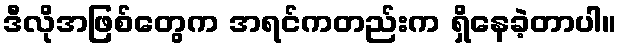
ဒီလိုအဖြစ်တွေက အရင်ကတည်းက ရှိနေခဲ့တာပါ။